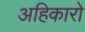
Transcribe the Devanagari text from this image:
अहिकारो